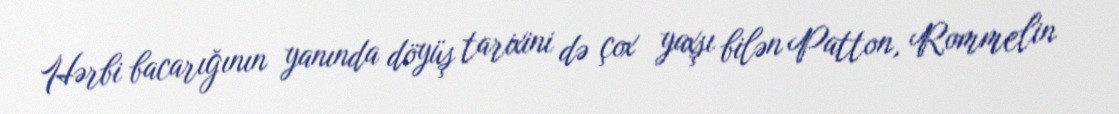
Hərbi bacarığının yanında döyüş tarixini də çox yaxşı bilən Patton, Rommelin